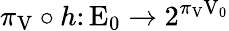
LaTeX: \pi_{\mathrm{V}}\circ h\colon\mathrm{E}_{0}\rightarrow 2^{\pi_{\mathrm{V}}\mathrm{V}_{0}}